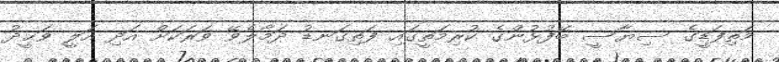
މަތިފަޑީގެ ސިޔާސީ ބޭފުޅުންގެ ކުރިމަތީގައި ފަތިގަނޑު ދަމާލެވޭ ވަރަކަށް އަދި އަލީ ވަޙީދު